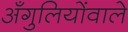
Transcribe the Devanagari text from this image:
अँगुलियोंवाले